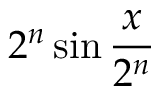
2 ^ { n } \sin { \frac { x } { 2 ^ { n } } }